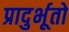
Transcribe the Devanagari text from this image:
प्रादुर्भूतो